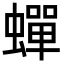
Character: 蟬